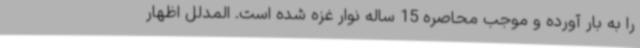
را به بار آورده و موجب محاصره 15 ساله نوار غزه شده است. المدلل اظهار